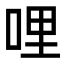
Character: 哩